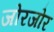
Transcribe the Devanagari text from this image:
जोरजोर